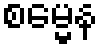
စမ္မေန